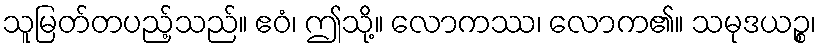
သူမြတ်တပည့်သည်။ ဧဝံ၊ ဤသို့။ လောကဿ၊ လောက၏။ သမုဒယဉ္စ၊